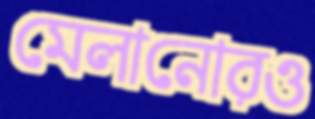
মেলানোরও